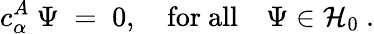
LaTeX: c_{\alpha}^{A}\ \Psi\; =\; 0,\quad\mathrm{for\ all}\quad\Psi\in{\mathcal H}_{0}\ .